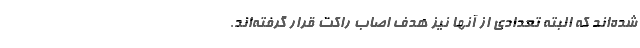
شده‌اند که البته تعدادی از آنها نیز هدف اصاب راکت‌ قرار گرفته‌اند.